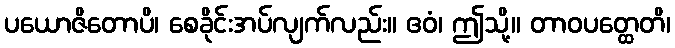
ပယောဇိတောပိ၊ စေခိုင်းအပ်လျက်လည်း။ ဧဝံ၊ ဤသို့။ တာဝပတ္ထေတိ၊